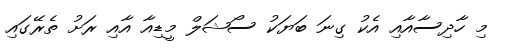
މި ހާދިސާއާއި އެކު ގިނަ ބަޔަކު ސޯޝަލް މީޑިއާ އާއި ރަށު ތެރޭގައި